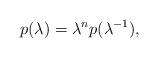
LaTeX: \begin{align*} p (\lambda) = \lambda^n p (\lambda^{-1}),\end{align*}